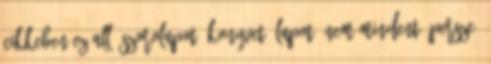
cikkeben ez all: szorolapot, konyvet, lapot. Nem mindent, persze,